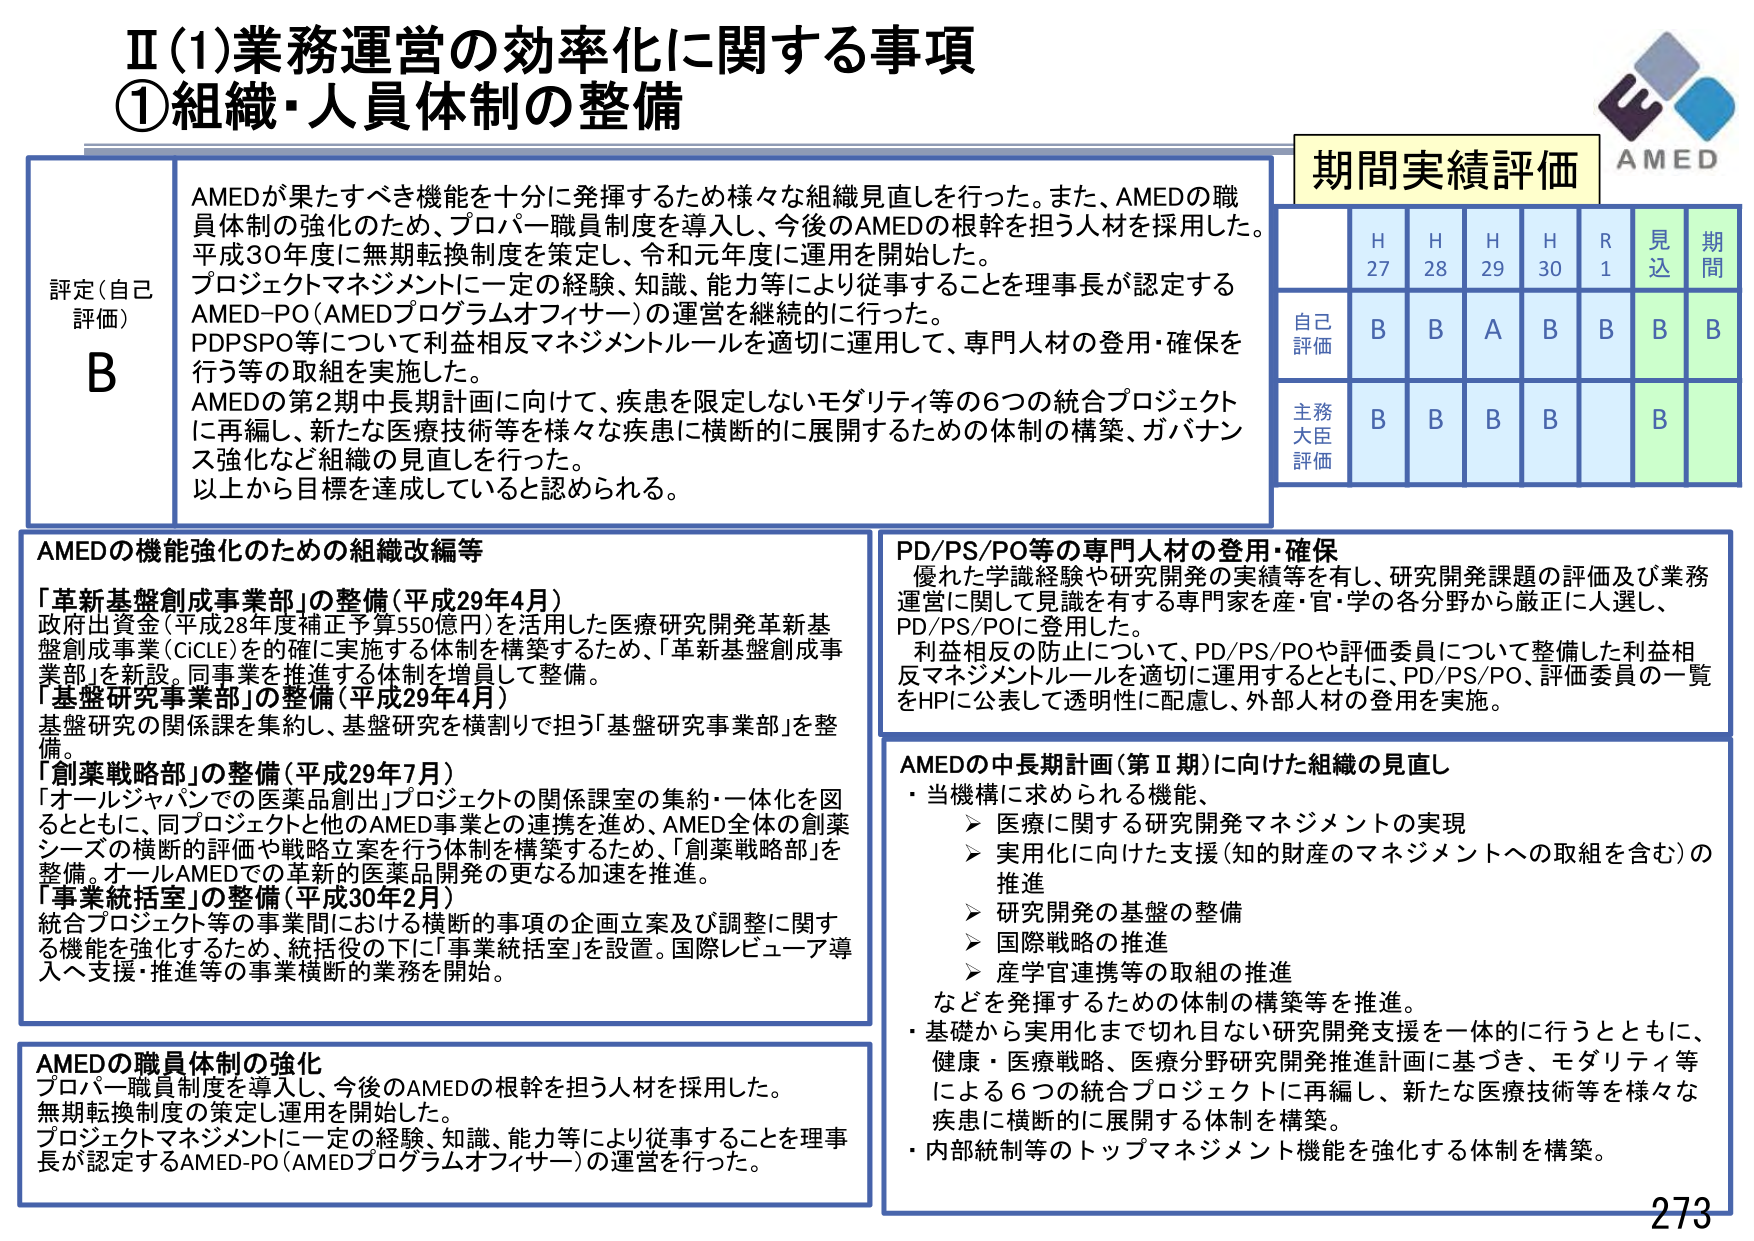
Ⅱ(1)業務運営の効率化に関する事項
①組織・人員体制の整備

評定（自己評価）
B

AMEDが果たすべき機能を十分に発揮するため様々な組織見直しを行った。また、AMEDの職員体制の強化のため、プロパー職員制度を導入し、今後のAMEDの根幹を担う人材を採用した。平成30年度に無期転換制度を策定し、令和元年度に運用を開始した。
プロジェクトマネジメントに一定の経験、知識、能力等により従事することを理事長が認定するAMED-PO（AMEDプログラムオフィサー）の運営を継続的に行った。
PDPSP0等について利益相反マネジメントルールを適切に運用して、専門人材の登用・確保を行う等の取組を実施した。
AMEDの第2期中長期計画に向けて、疾患を限定しないモダリティ等の6つの統合プロジェクトに再編し、新たな医療技術等を様々な疾患に横断的に展開するための体制の構築、ガバナンス強化など組織の見直しを行った。
以上から目標を達成していると認められる。

期間実績評価
H27　H28　H29　H30　R1　見込　期間
自己評価　B　B　A　B　B　B　B
主務大臣評価　B　B　B　B　　　B

AMEDの機能強化のための組織改編等
「革新基盤創成事業部」の整備（平成29年4月）
政府出資金（平成28年度補正予算550億円）を活用した医療研究開発革新基盤創成事業（CICLE）を的確に実施する体制を構築するため、「革新基盤創成事業部」を新設。同事業を推進する体制を増員して整備。
「基盤研究事業部」の整備（平成29年4月）
基盤研究の関係課を集約し、基盤研究を横割りで担う「基盤研究事業部」を整備。
「創薬戦略部」の整備（平成29年7月）
「オールジャパンでの医薬品創出」プロジェクトの関係課室の集約・一体化を図るとともに、同プロジェクトと他のAMED事業との連携を進め、AMED全体の創薬シーズの横断的評価や戦略立案を行う体制を構築するため、「創薬戦略部」を整備。オールAMEDでの革新的医薬品開発の更なる加速を推進。
「事業統括室」の整備（平成30年2月）
統合プロジェクト等の事業間における横断的事項の企画立案及び調整に関する機能を強化するため、統括役の下に「事業統括室」を設置。国際レビュー導入へ支援・推進等の事業横断的業務を開始。

PD/PS/PO等の専門人材の登用・確保
優れた学識経験や研究開発の実績等を有し、研究開発課題の評価及び業務運営に関して見識を有する専門家を産・官・学の各分野から厳正に人選し、PD/PS/POに登用した。
利益相反の防止について、PD/PS/POや評価委員について整備した利益相反マネジメントルールを適切に運用するとともに、PD/PS/PO、評価委員の一覧をHPに公表して透明性に配慮し、外部人材の登用を実施。

AMEDの職員体制の強化
プロパー職員制度を導入し、今後のAMEDの根幹を担う人材を採用した。
無期転換制度の策定し運用を開始した。
プロジェクトマネジメントに一定の経験、知識、能力等により従事することを理事長が認定するAMED-PO（AMEDプログラムオフィサー）の運営を行った。

AMEDの中長期計画（第Ⅱ期）に向けた組織の見直し
・当機構に求められる機能、
　➤ 医療に関する研究開発マネジメントの実現
　➤ 実用化に向けた支援（知的財産のマネジメントへの取組を含む）の推進
　➤ 研究開発の基盤の整備
　➤ 国際戦略の推進
　➤ 産学官連携等の取組の推進
などを発揮するための体制の構築等を推進。
・基礎から実用化まで切れ目ない研究開発支援を一体的に行うとともに、健康・医療戦略、医療分野研究開発推進計画に基づき、モダリティ等による6つの統合プロジェクトに再編し、新たな医療技術等を様々な疾患に横断的に展開する体制を構築。
・内部統制等のトップマネジメント機能を強化する体制を構築。

AMED
273